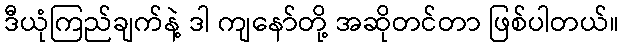
ဒီယုံကြည်ချက်နဲ့ ဒါ ကျနော်တို့ အဆိုတင်တာ ဖြစ်ပါတယ်။